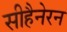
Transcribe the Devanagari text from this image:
सीहैनेरन